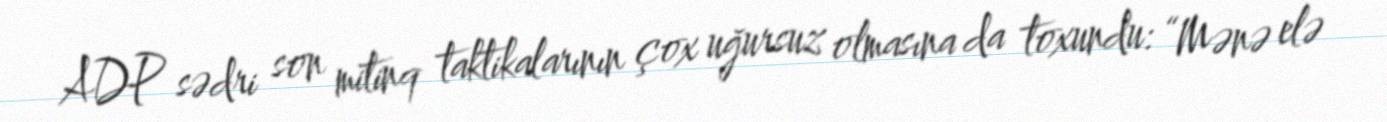
ADP sədri son mitinq taktikalarının çox uğursuz olmasına da toxundu: “Mənə elə